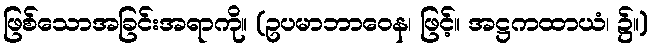
ဖြစ်သောအခြင်းအရာကို။ (ဥပမာဘာဝေန၊ ဖြင့်။ အဋ္ဌကထာယံ၊ ၌။)